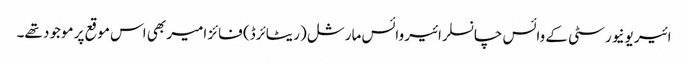
ائیر یونیورسٹی کے وائس چانسلر ائیر وائس مارشل (ریٹائرڈ) فائز امیر بھی اس موقع پر موجود تھے۔